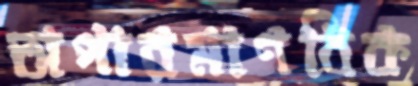
অপারমাণবিক